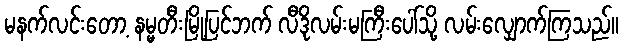
မနက်လင်းတော့ နမ္မတီးမြို့ပြင်ဘက် လီဒိုလမ်းမကြီးပေါ်သို့ လမ်းလျှောက်ကြသည်။